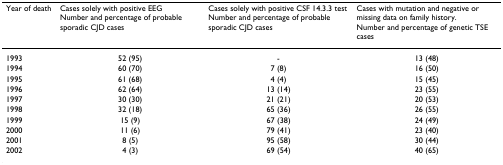
| Year of death | Cases solely with positive EEGNumber and percentage of probable sporadic CJD cases | Cases solely with positive CSF 14.3.3 testNumber and percentage of probable sporadic CJD cases | Cases with mutation and negative or missing data on family history.Number and percentage of genetic TSE cases |
 | --- | --- | --- | --- |
 | 1993 | 52 (95) | - | 13 (48) |
 | 1994 | 60 (70) | 7 (8) | 16 (50) |
 | 1995 | 61 (68) | 4 (4) | 15 (45) |
 | 1996 | 62 (64) | 13 (14) | 23 (55) |
 | 1997 | 30 (30) | 21 (21) | 20 (53) |
 | 1998 | 32 (18) | 65 (36) | 26 (55) |
 | 1999 | 15 (9) | 67 (38) | 24 (49) |
 | 2000 | 11 (6) | 79 (41) | 23 (40) |
 | 2001 | 8 (5) | 95 (58) | 30 (44) |
 | 2002 | 4 (3) | 69 (54) | 40 (65) |